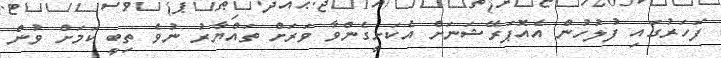
ފަހަރުގައި ފުލުހުން އެއޮޕަރޭޝަނަށް އެކަށީގެންވާ ވަރަށް ތައްޔާރު ނުވެ ތިބީ ކަމަށް ވުން